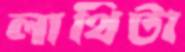
লাথিটা